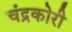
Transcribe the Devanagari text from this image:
चंद्रकोरी